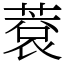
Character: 蔉